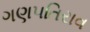
ગણપતિરાવ